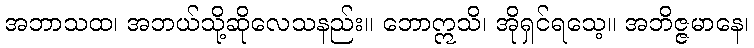
အဘာသထ၊ အဘယ်သို့ဆိုလေသနည်း။ ဘောဣသိ၊ အိုရှင်ရသေ့။ အဘိဇ္ဇမာနေ၊